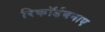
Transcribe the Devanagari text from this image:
रिकॉर्डबनाए